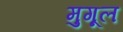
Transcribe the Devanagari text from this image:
मुगूल